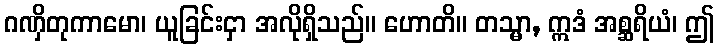
ဂဏှိတုကာမော၊ ယူခြင်းငှာ အလိုရှိသည်။ ဟောတိ။ တသ္မာ, ဣဒံ အစ္ဆရိယံ၊ ဤ